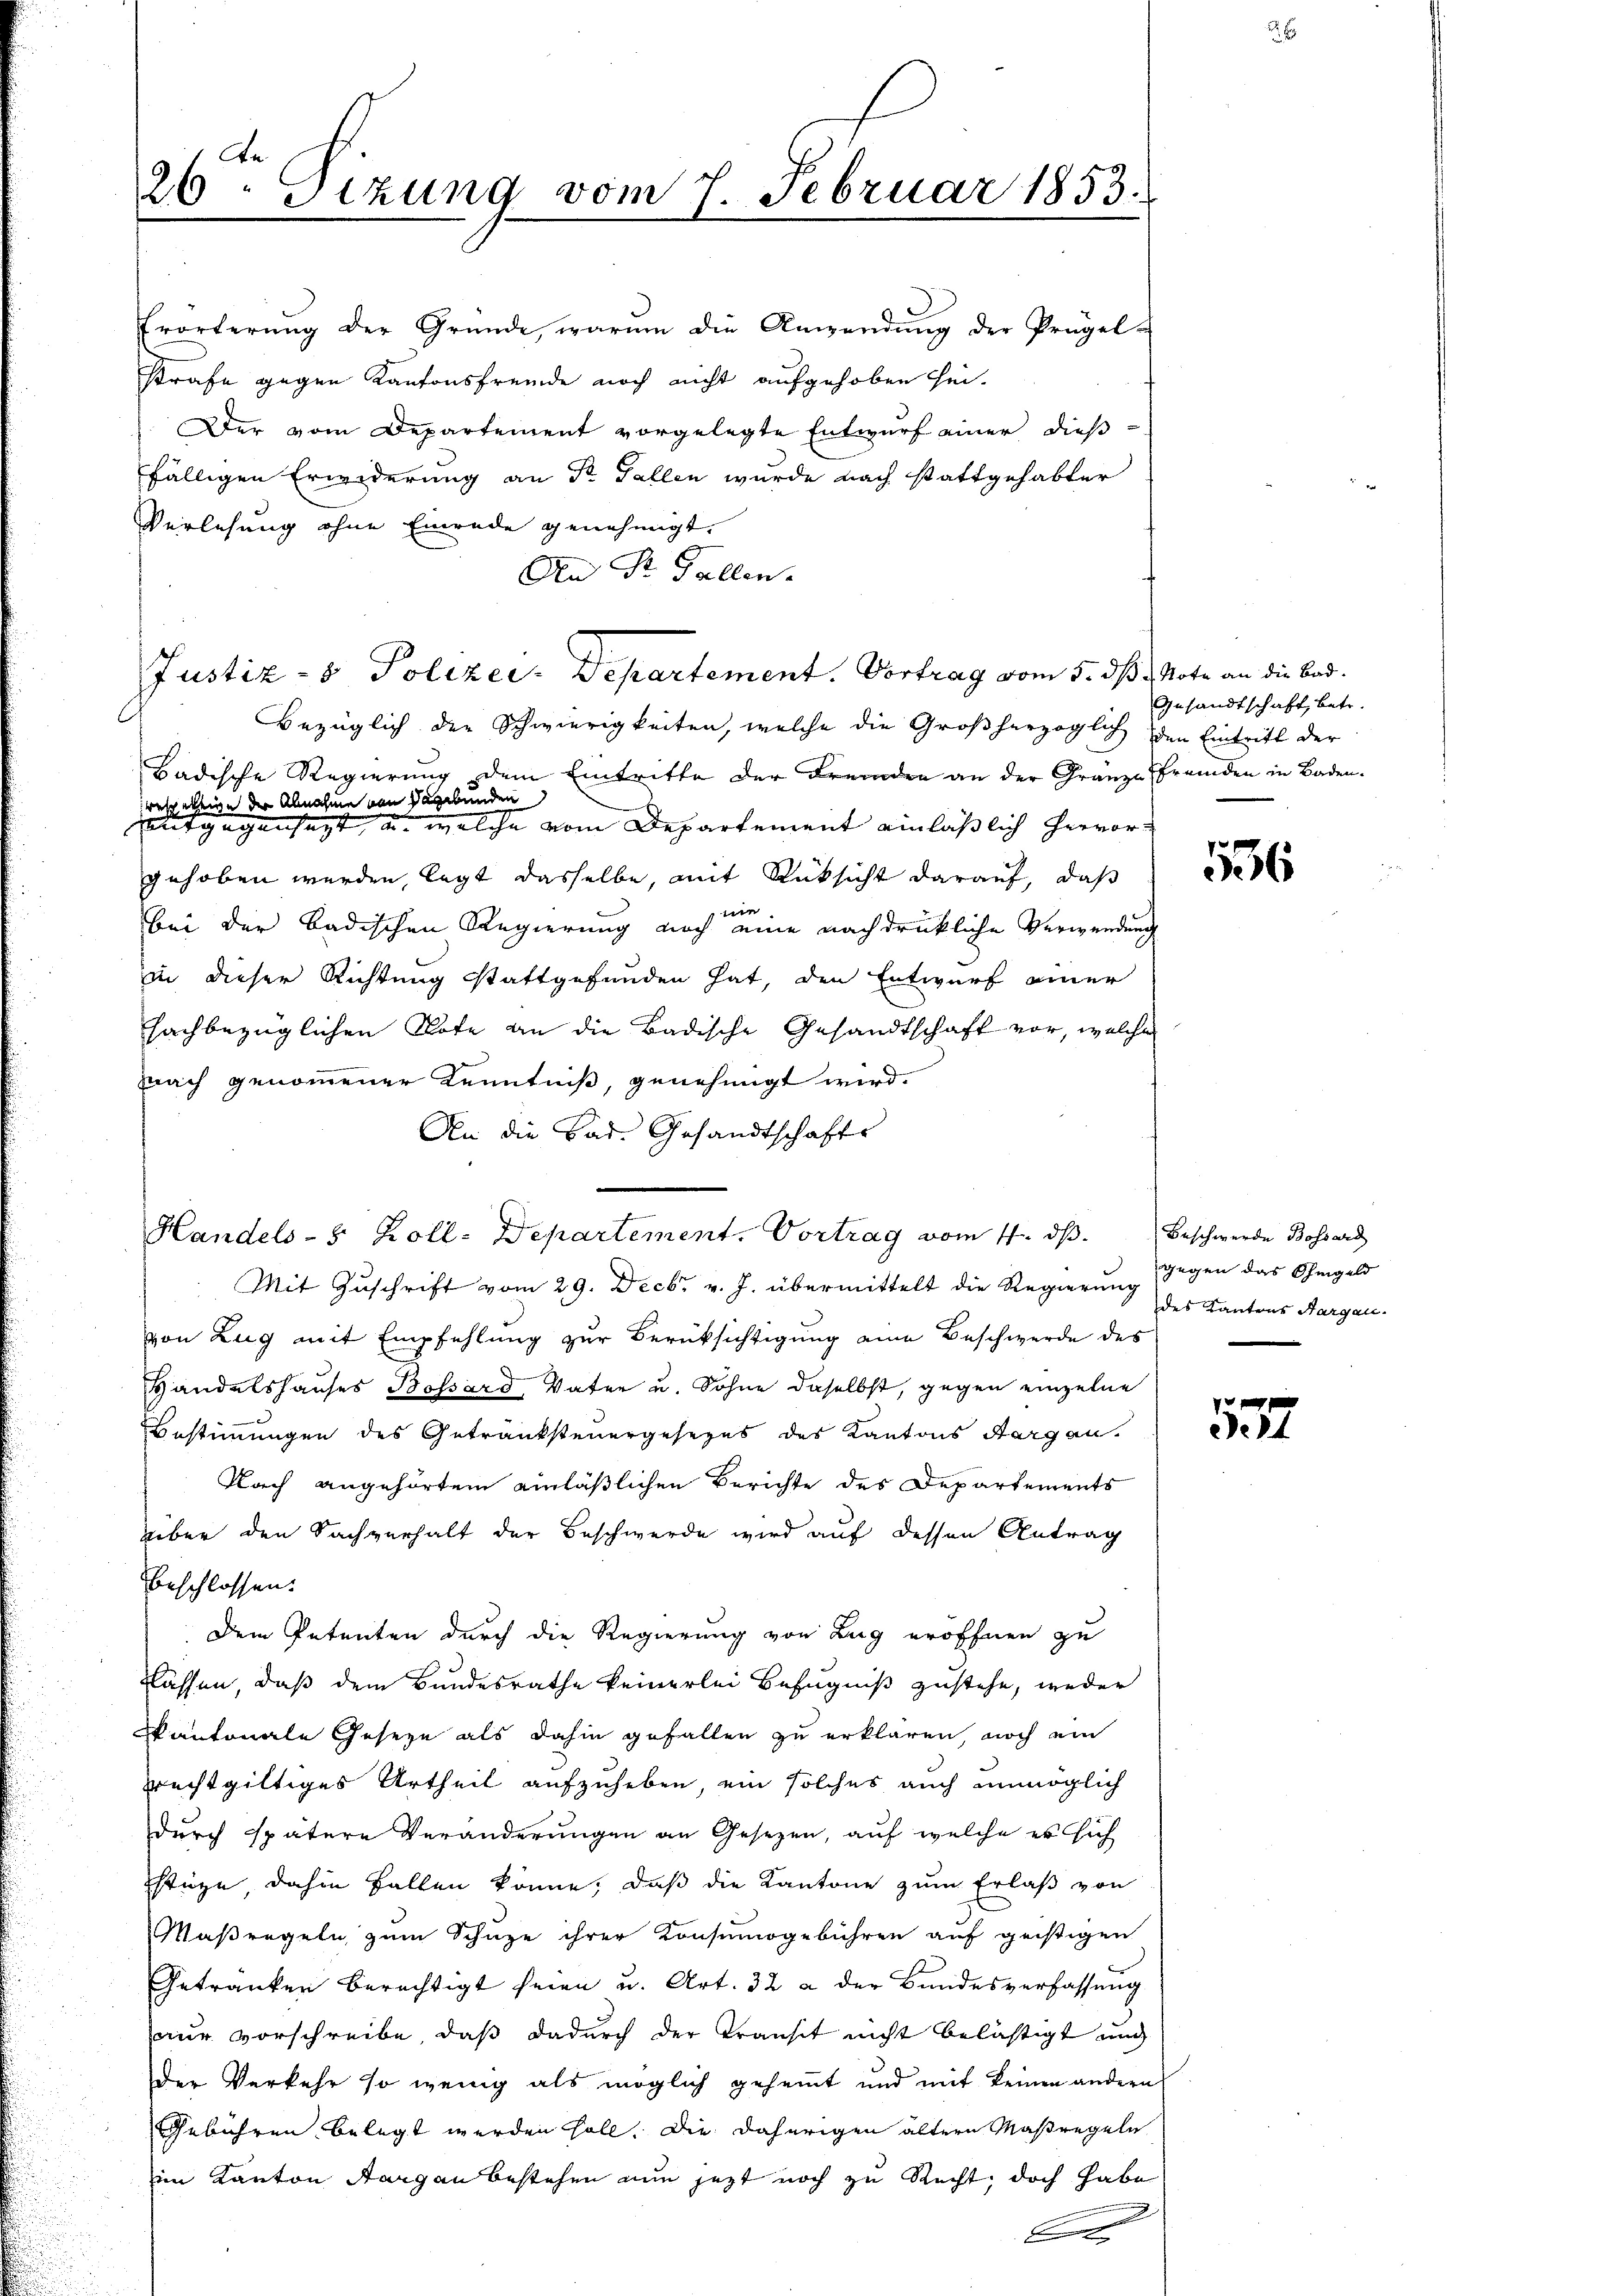
26. Sizung vom 7. Februar 1853.
Erörterung der Gründe, warum die Anwendung der Prügel-

Justiz- & Polizei. Departement. Vortrag vom 5. dß. Note an die Bad¬

strafe gegen Kantonsfremde noch nicht aufgehoben sei.
Der vom Departement vorgelegte Entwurf einer dießfälligen Erwiderung an Sr Fallen wurde nach stattgehabter
Verlesung ohne Einrede genehmigt.
An Dr. Gallen.
Bezüglich der Schwierigkeiten, welche die Großherzoglich den Eintritt der
Badische Regierung dem Eintritte der Fremden an der Granze fremden in Baden.
wessertige der Abnahme von dagebunden
et gegensagt, u. welche vom Departement einläßlich hervor
gehoben werden, legt dasselbe, mit Rücksicht darauf, daß
nie.
bei der badischen Regierung noch eine nachdrückliche Verwendung
in dieser Richtung stattgefunden hat, den Entwurf einer
sachbezüglichen Note an die Badische Gesandtschaft vor, welche
nach genommener Kenntniß, genehmigt wird.
An die Bad. Gesandtschafte
Handels-8 Zoll-Departement. Vortrag vom 1. ds. Beschwerde Bossard
Mit Zuschrift vom 29. Decbr v. J. übermittelt die Regierung gegen das Gegeld
von Zug mit Empfehlung zur Berüksichtigung eine Beschwerde des
Handelshauses Bossard, Vater u. Sohne daselbst, gegen einzelne
Bestimmungen des Getranksteuergesezes des Kantons Aargau.
Nach angehörtem einläßlichen Berichte des Departements
über den Sachverhalt der Beschwerde wird auf dessen Antrag
beschlossen.
Dem Petenten durch die Regierung von Lug eröffnen zu
lassen, daß dem Bundesrathe keinerlei Befugniß zustehe, weder
Kantonale Geseze als dahin gefallen zu erklären, noch ein
rechtgültiges Urtheil aufzuheben, ein solches auch unmöglich
durch spätere Veränderungen an Gesezen, auf welche es sich
stüze, dahin fallen könne, daß die Kantone zum Erlaß von
Maßregeln zum Schuze ihrer Konsumogebühren auf geistigen
Getranken berechtigt seien u. Art. 32 a der Bandesverfassung
nur vorschreibe, daß dadurch der Transit nicht belästigt und
der Verkehr so wenig als möglich gehemmt und mit keinen andern
Gebühren belegt werden soll. Die daherigen ältern Maßregeln
im Kanton Stangen bestehen nun jetzt noch zu Recht, doch habe
B

Gesandtschaft, betr.

1
36

des Kantons Sargen.

4